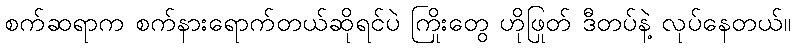
စက်ဆရာက စက်နားရောက်တယ်ဆိုရင်ပဲ ကြိုးတွေ ဟိုဖြုတ် ဒီတပ်နဲ့ လုပ်နေတယ်။